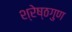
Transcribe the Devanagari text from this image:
श्रेष्ठगुण